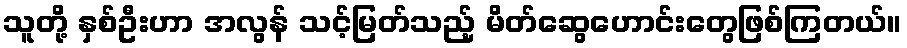
သူတို့ နှစ်ဦးဟာ အလွန် သင့်မြတ်သည့် မိတ်ဆွေဟောင်းတွေဖြစ်ကြတယ်။